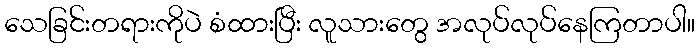
သေခြင်းတရားကိုပဲ စံထားပြီး လူသားတွေ အလုပ်လုပ်နေကြတာပါ။